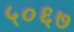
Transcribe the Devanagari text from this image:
५०६७